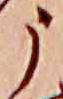
う